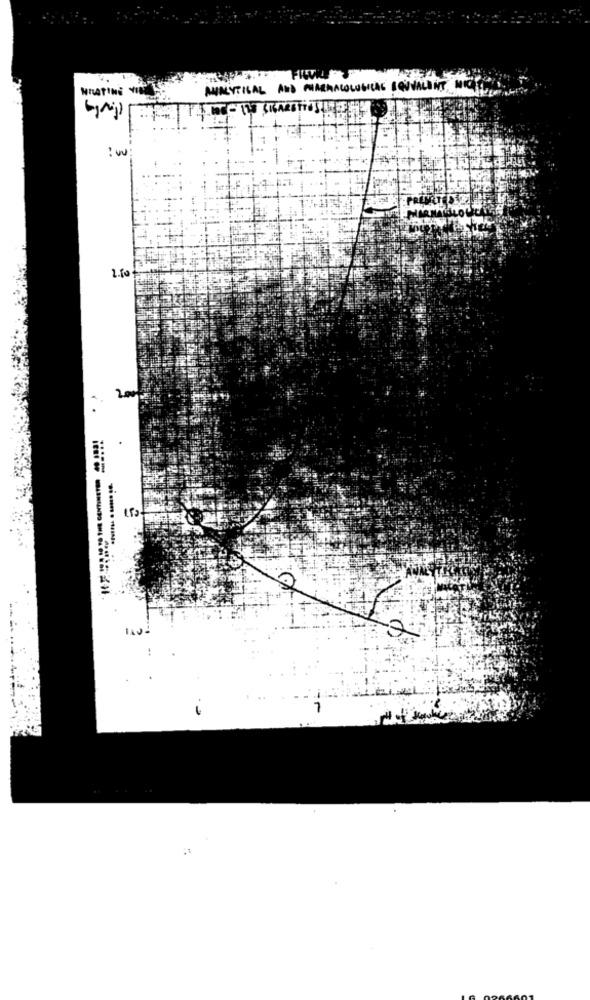
MRATINE
MINUTISAL AND MARMACOLOGICAL SQUEALING.
:00
2.50
200